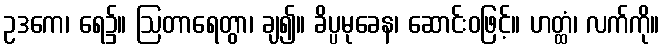
ဥဒကေ၊ ရေ၌။ ဩတာရေတွာ၊ ချ၍။ ခိပ္ပမုခေန၊ ဆောင်းဝဖြင့်။ ဟတ္ထံ၊ လက်ကို။